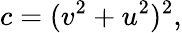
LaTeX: c=(v^{2}+u^{2})^{2},